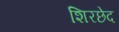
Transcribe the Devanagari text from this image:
शिरछेद